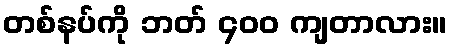
တစ်နပ်ကို ဘတ် ၄၀၀ ကျတာလား။